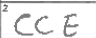
Transcription: CCE